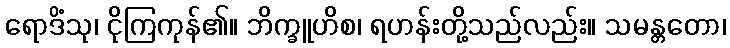
ရောဒိံသု၊ ငိုကြကုန်၏။ ဘိက္ခူဟိစ၊ ရဟန်းတို့သည်လည်း။ သမန္တတော၊